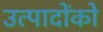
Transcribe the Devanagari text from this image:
उत्पादोंको